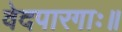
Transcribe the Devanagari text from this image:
वेदपारगाः॥